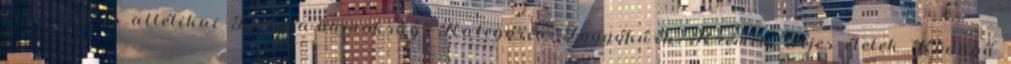
erre 1990-es atlétikai Európa-bajnokság” Kategória: Fogyókúra, Krémek, Tejes ételek Könnyű